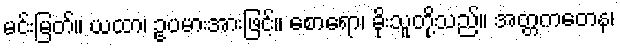
မင်းမြတ်။ ယထာ၊ ဥပမားအားဖြင့်။ စောရော၊ ခိုးသူတို့သည်။ အတ္တကတေန၊